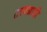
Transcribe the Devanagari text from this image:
तत्त्वग्राही